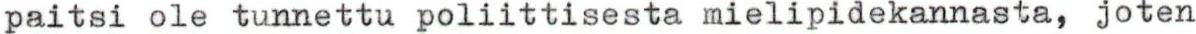
paitsi ole tunnettu poliittisesta mielipidekannasta, joten